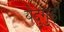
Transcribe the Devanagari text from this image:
येदुगुड़ी